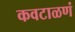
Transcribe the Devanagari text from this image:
कवटाळणं